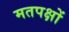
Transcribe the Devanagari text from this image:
मतपक्षों